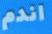
اندم